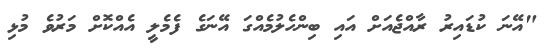
"އޭނަ ކުޑައިރު ރާއްޖެއަށް އައި ބިންހެލުމެއްގަ އޭނަގެ ފެމެލީ އެއްކޮށް މަރުވެ މުޅި